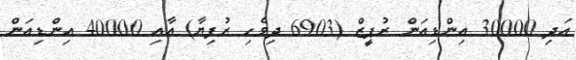
އަދި 30000 އިންޑިއަން ރުޕީޒް (6903 ދިވެހި ރުފިޔާ) އާއި 40000 އިންޑިއަން